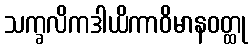
သက္ခလိကဒါယိကာဝိမာနဝတ္ထု